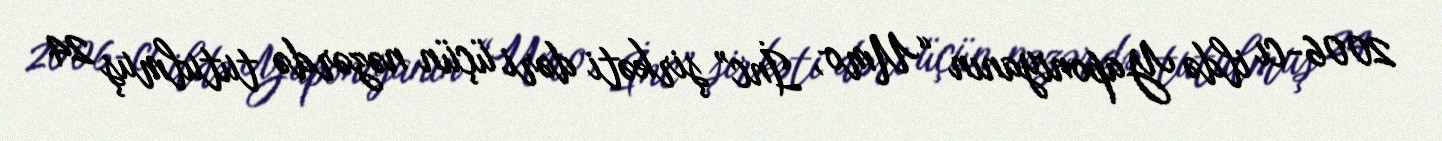
2006-cı ildə Yaponiyanın “Umo, İnc” şirkəti dəri üçün nəzərdə tutulmuş 24